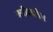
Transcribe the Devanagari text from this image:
क्यीववरील